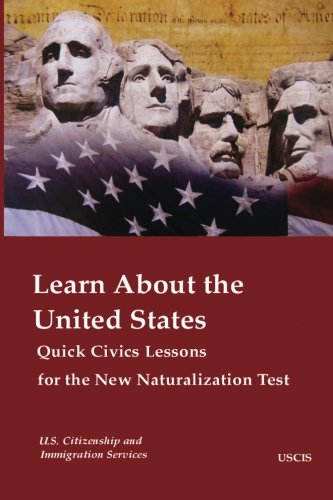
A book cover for Learn About the United States  Quick Civics Lessons for the New Naturalization Test; U.S. Citizenship and Immigration Services; Test Preparation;